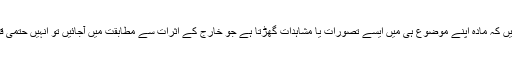
ایسے میں ہم یہ کہہ سکتے ہیں کہ مادہ اپنے موضوع ہی میں ایسے تصورات یا مشاہدات گھڑتا ہے جو خارج کے اثرات سے مطابقت میں آجائیں تو انہیں حتمی قوانین کی شکل دی جاتی ہے۔